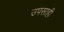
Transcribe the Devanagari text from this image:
उपसाही